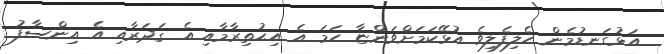
އަޅުގަނޑުމެން ހެލިފެލިވެ އުޅޭކަމަށްވަންޏާ ހަމަ އެ އިޙުތިރާމާއި އެ ޤަދަރާއި އެ އިންސާފު